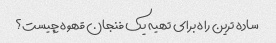
ساده ترین راه برای تهیه یک فنجان قهوه چیست؟